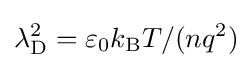
\lambda _{\text{D}}^{2}=\varepsilon _{0}k_{\text{B}}T/(nq^{2})